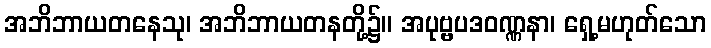
အဘိဘာယတနေသု၊ အဘိဘာယတနတို့၌။ အပုဗ္ဗပဒဝဏ္ဏနာ၊ ရှေ့မဟုတ်သော